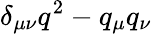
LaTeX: \delta_{\mu\nu}q^{2}-q_{\mu}q_{\nu}